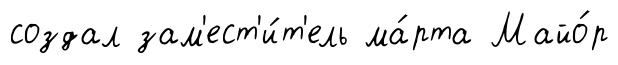
создал зам'ест'и́т'ель ма́рта Майо́р